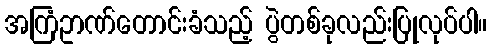
အကြံဥာဏ်တောင်းခံသည့် ပွဲတစ်ခုလည်းပြုလုပ်ပါ။